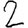
Digit: 2